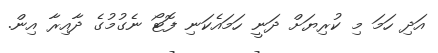
އަދި ހަމަ މި ކުރިޔަށް ދަނީ ހަމައެކަނި ފޮޓޯ ނެގުމުގެ ދާއިރާ އިން.